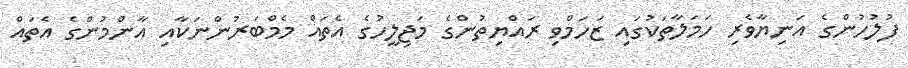
ފުލުހުންގެ އަނިޔާވެރި ހަމަލާތަކުގައި ޒަހަމްވި ރައްޔިތުންގެ މަޖިލީހުގެ އެތައް މެމްބަރުންނަކާއި އާންމުންގެ އެތައް